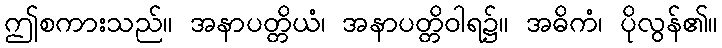
ဤစကားသည်။ အနာပတ္တိယံ၊ အနာပတ္တိဝါရ၌။ အဓိကံ၊ ပိုလွန်၏။